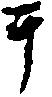
于